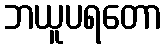
ဘယူပရတော